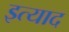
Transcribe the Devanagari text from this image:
इत्याद